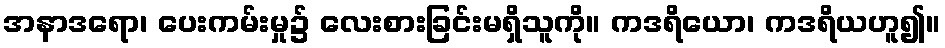
အနာဒရော၊ ပေးကမ်းမှု၌ လေးစားခြင်းမရှိသူကို။ ကဒရိယော၊ ကဒရိယဟူ၍။